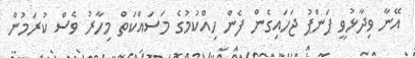
އޭނާ ވިދާޅުވީ ޕަންޕު ޖަހައިގެން ފެން ހިއްކުމުގެ މަސައްކަތް މިހާރު ވެސް ކުރަމުން